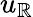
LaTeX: u_{\mathbb{R}}